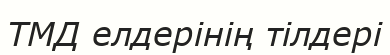
ТМД елдерінің тілдері